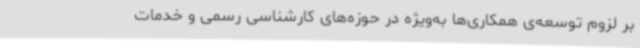
بر لزوم توسعه‌ی همکاری‌ها به‌ویژه در حوزه‌های کارشناسی رسمی و خدمات